Cholera in India, 1862 to 1881
Year: 1862
Disease focus: Cholera
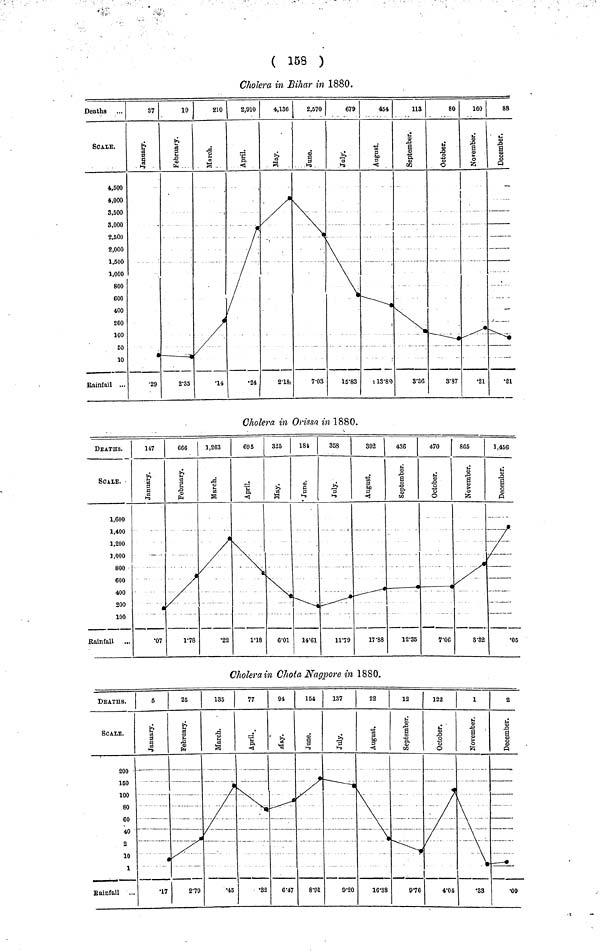
( 158 )
Cholera in Bihar in 1880.